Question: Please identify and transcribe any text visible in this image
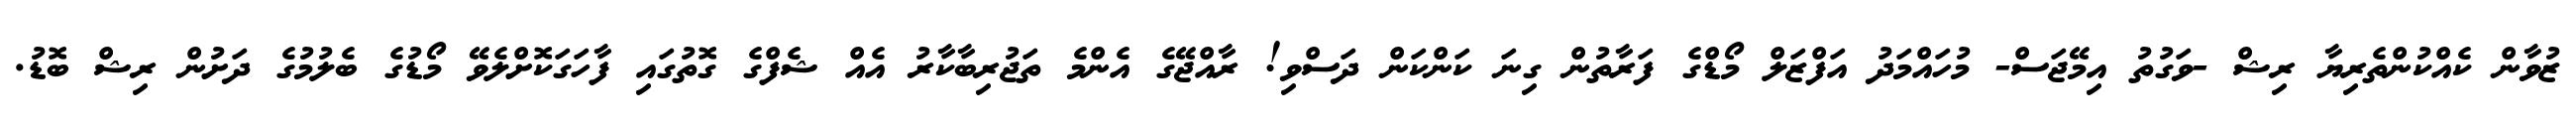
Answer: ޒުވާން ކެއްކުންތެރިޔާ ރިޝް -ވަގުތު އިމޭޖަސް- މުހައްމަދު އަފްޒަލް މޯޑްގެ ފަރާތުން ގިނަ ކަންކަން ދަސްވި! ރާއްޖޭގެ އެންމެ ތަޖުރިބާކާރު އެއް ޝެފްގެ ގޮތުގައި ފާހަގަކޮށްލެވޭ މޯޑުގެ ބެލުމުގެ ދަށުން ރިޝް ބޮޑު.